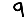
Digit: 9